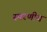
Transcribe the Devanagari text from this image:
स्परणीय